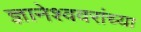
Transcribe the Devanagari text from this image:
ज्ञानेश्ववरांच्या